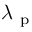
\lambda _ { \mathrm { ~ p ~ } }